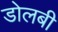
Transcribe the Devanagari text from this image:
डोलबी